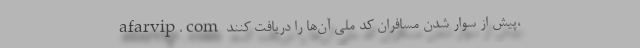
afarvip.com پیش از سوار شدن مسافران کد ملی آن‌ها را دریافت کنند،